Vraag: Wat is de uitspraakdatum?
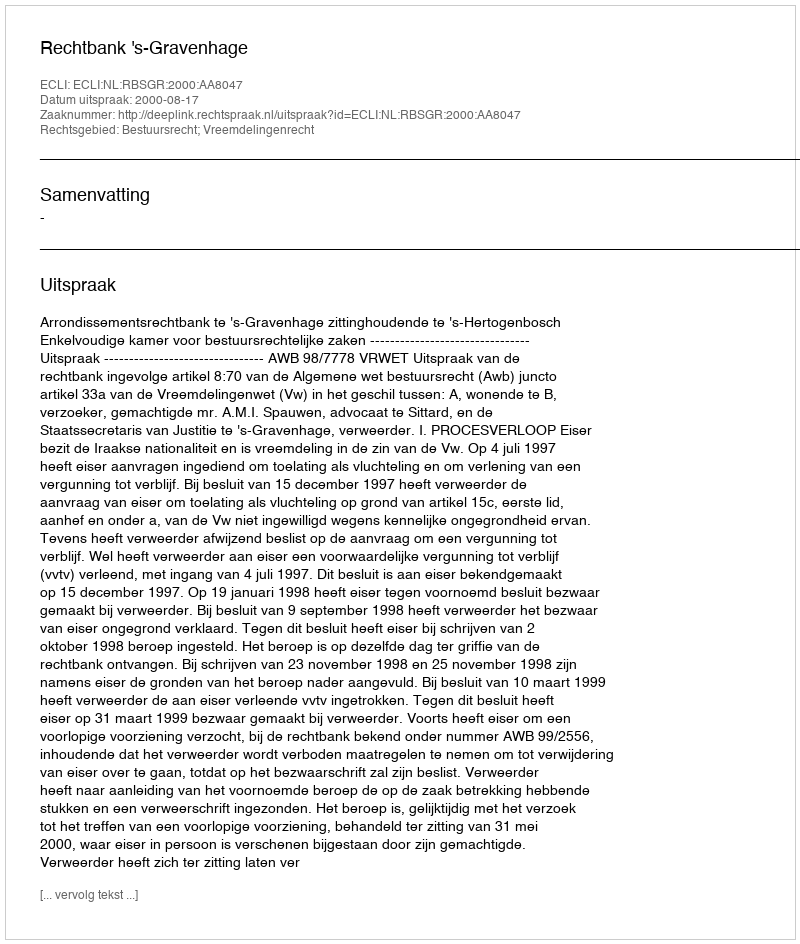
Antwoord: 2000-08-17